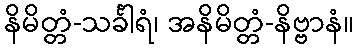
နိမိတ္တံ-သင်္ခါရံ၊ အနိမိတ္တံ-နိဗ္ဗာနံ။